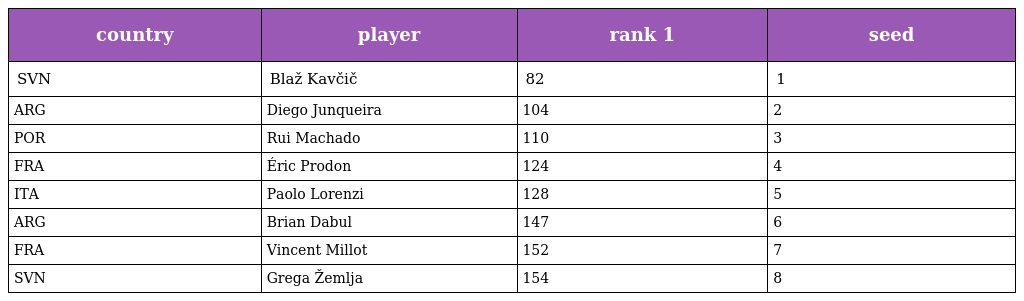
| country | player | rank 1 | seed |
 | --- | --- | --- | --- |
 | SVN | Blaž Kavčič | 82 | 1 |
 | ARG | Diego Junqueira | 104 | 2 |
 | POR | Rui Machado | 110 | 3 |
 | FRA | Éric Prodon | 124 | 4 |
 | ITA | Paolo Lorenzi | 128 | 5 |
 | ARG | Brian Dabul | 147 | 6 |
 | FRA | Vincent Millot | 152 | 7 |
 | SVN | Grega Žemlja | 154 | 8 |